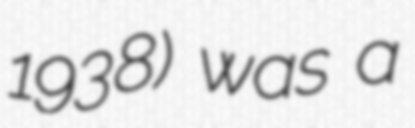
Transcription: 1938) was a